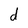
Character: d